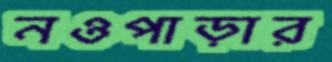
নওপাড়ার